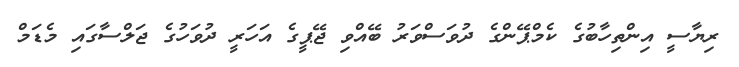
ރިޔާސީ އިންތިހާބުގެ ކެމްޕޭންގެ ދުވަސްވަރު ބޭއްވި ޖޭޕީގެ އަހަރީ ދުވަހުގެ ޖަލްސާގައި މެޑަމް